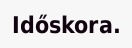
Időskora.